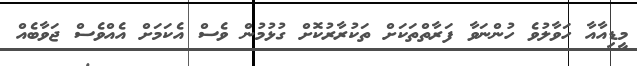
މީޑިއާއާ ހަވާލުވެ ހުންނަވާ ފަރާތްތަކަށް ތަކުރާރުކޮށް ގުޅުމުން ވެސް އެކަމަށް އެއްވެސް ޖަވާބެއް